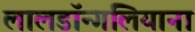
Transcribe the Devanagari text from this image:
लालडॉन्गलियाना